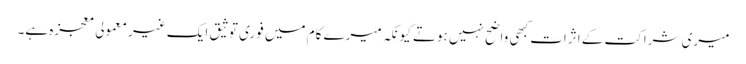
میری شراکت کے اثرات کبھی واضح نہیں ہوتے کیونکہ میرے کام میں فوری توثیق ایک غیر معمولی معجزہ ہے۔